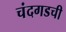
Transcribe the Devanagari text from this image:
चंदगडची